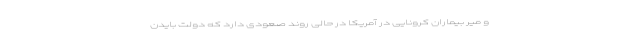
و میر بیماران کرونایی در آمریکا در حالی روند صعودی دارد که دولت بایدن